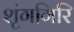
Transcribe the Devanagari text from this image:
शृंगगिरि